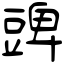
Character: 豍